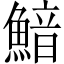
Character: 𩹎